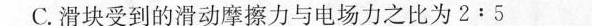
C.滑块受到的滑动摩擦力与电场力之比为2:5